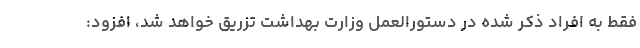
فقط به افراد ذکر شده در دستورالعمل وزارت بهداشت تزریق خواهد شد، افزود: